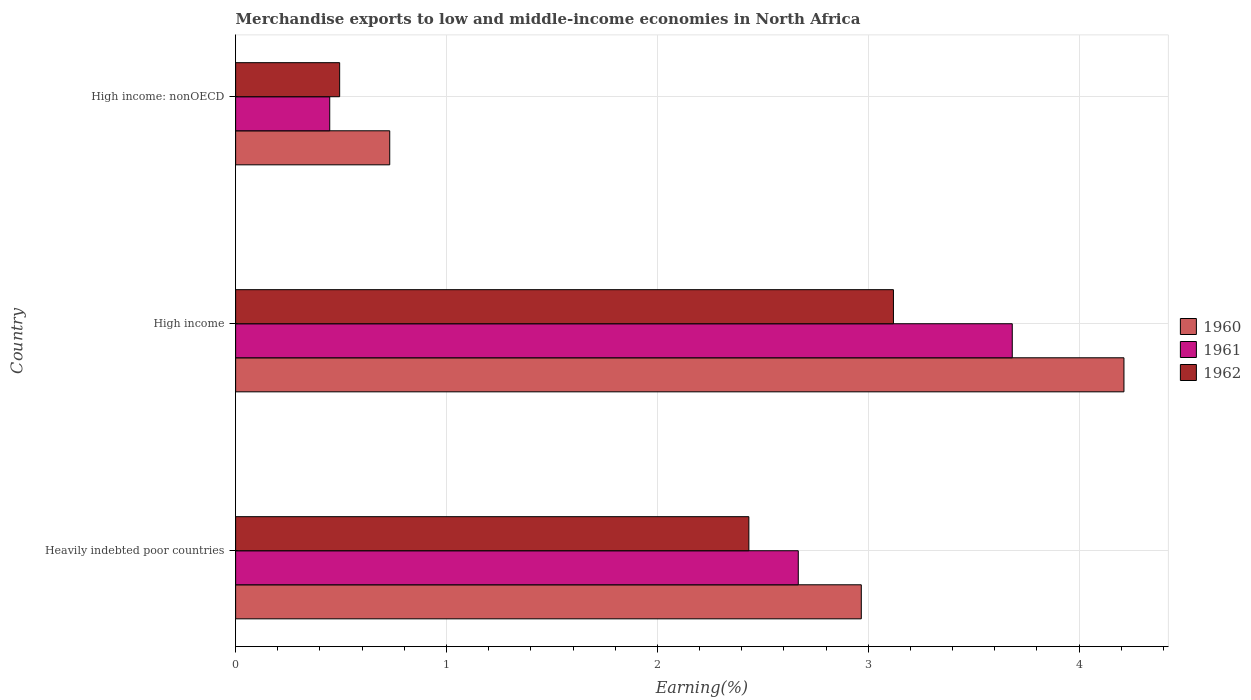
| Country | 1960 | 1961 | 1962 |
 | --- | --- | --- | --- |
 | Heavily indebted poor countries | 2.97 | 2.67 | 2.43 |
 | High income | 4.21 | 3.68 | 3.12 |
 | High income: nonOECD | 0.731 | 0.446 | 0.493 |